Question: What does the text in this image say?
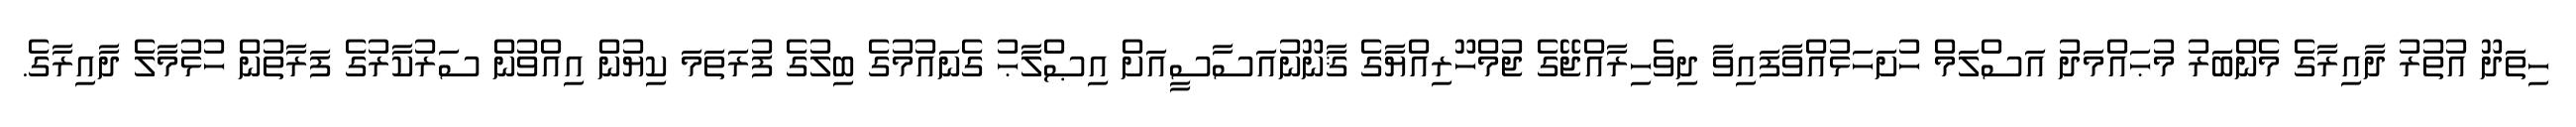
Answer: ހިތަދޫ އުތުރު ދާއިރާގެ މެންބަރު މުޙައްމަދު އަސްލަމް ހުށަހަޅުއްވާފައިވާ ދިވެހިރާއްޖޭގެ ޖުމްހޫރިއްޔާގެ ޤާނޫނުއަސާސީއަށް އިޞްލާޙު ގެނައުމުގެ ބިލުގެ ފުރަތަމަ ކިޔުން އިއްވުން ސަރުކާރުގެ ފަރާތުން ހުޅުމާލެ ދާއިރާގެ.